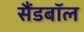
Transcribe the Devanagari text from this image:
सैंडबॉल